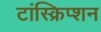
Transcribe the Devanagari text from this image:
टांस्क्रिप्शन